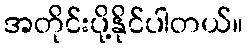
အတိုင်းပို့နိုင်ပါတယ်။